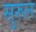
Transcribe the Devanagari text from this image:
सुरुल